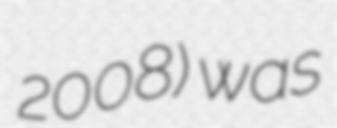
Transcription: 2008) was